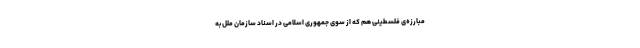
مبارزه‌ی فلسطینی هم که از سوی جمهوری اسلامی در اسناد سازمان ملل به